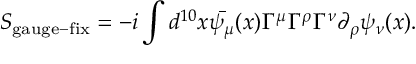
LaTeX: S _ { \mathrm { g a u g e - f i x } } = - i \int d ^ { 1 0 } x \bar { \psi _ { \mu } } ( x ) \Gamma ^ { \mu } \Gamma ^ { \rho } \Gamma ^ { \nu } \partial _ { \rho } \psi _ { \nu } ( x ) .